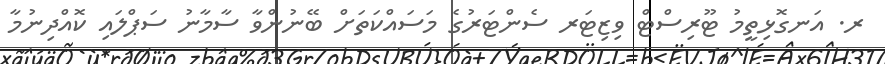
ރ. އަނގޮޅިތީމު ޓޫރިސްޓް ވިޒިޓަރ ސެންޓަރުގެ މަސައްކަތަށް ބޭނުންވާ ސާމާނު ސަޕްލައި ކޮއްދިނުމާ